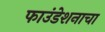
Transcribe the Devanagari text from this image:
फाउंडेशनाचा